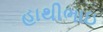
હાથીભાઇ